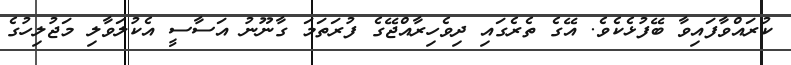
ކުރައްވާފައިވާ ބޭފުޅެކެވެ. އޭގެ ތެރެގައި ދިވެހިރާއްޖޭގެ ފުރަތަމަ ގާނޫނު އަސާސީ އެކުލަވާލި މަޖުލިހުގެ